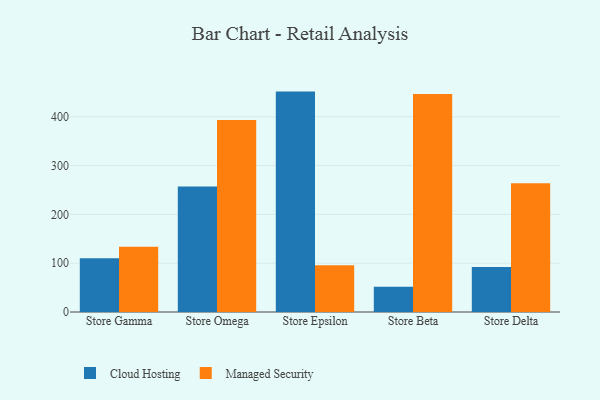
{"axis": {"x": "Store", "y": "Headcount"}, "legend": ["Cloud Hosting", "Managed Security"], "data": [{"x": "Store Gamma", "y": 110.1, "type": "Cloud Hosting"}, {"x": "Store Gamma", "y": 133.5, "type": "Managed Security"}, {"x": "Store Omega", "y": 257.0, "type": "Cloud Hosting"}, {"x": "Store Omega", "y": 393.3, "type": "Managed Security"}, {"x": "Store Epsilon", "y": 451.6, "type": "Cloud Hosting"}, {"x": "Store Epsilon", "y": 95.8, "type": "Managed Security"}, {"x": "Store Beta", "y": 51.5, "type": "Cloud Hosting"}, {"x": "Store Beta", "y": 446.7, "type": "Managed Security"}, {"x": "Store Delta", "y": 92.3, "type": "Cloud Hosting"}, {"x": "Store Delta", "y": 264.0, "type": "Managed Security"}]}